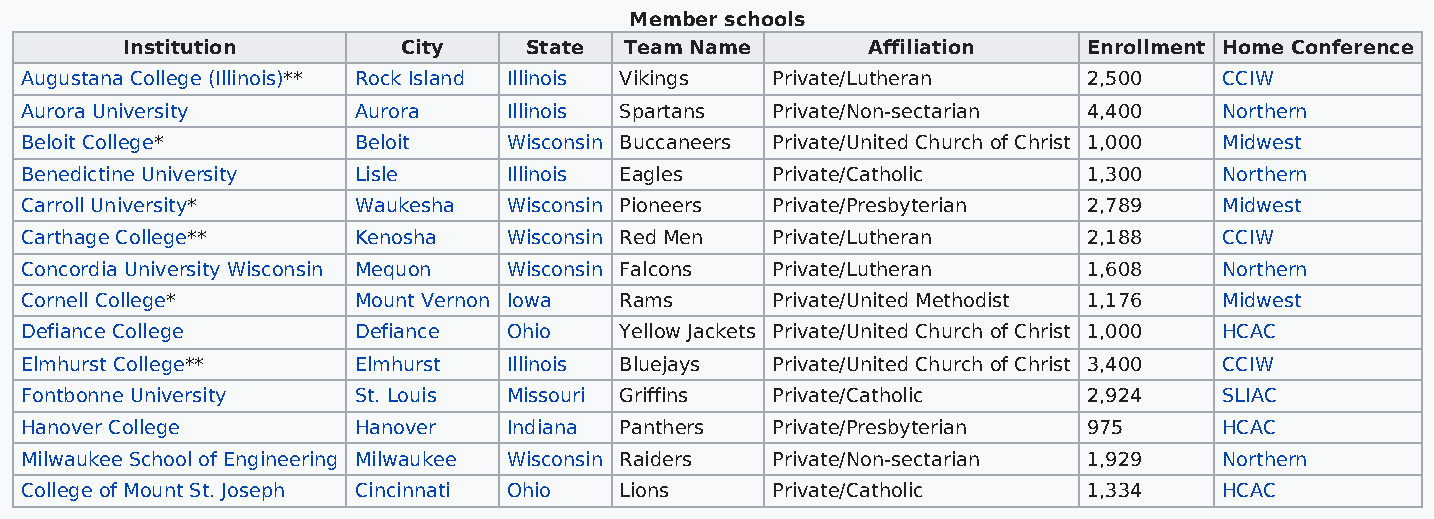
Member schools
 Institution        City    State Team Name       Affiliation    Enrollment Home Conference
 Augustana College (Illinois)** Rock Island Illinois Vikings Private/Lutheran 2,500 CCIW
 Aurora University     Aurora     Illinois Spartans Private/Non-sectarian 4,400  Northern
 Beloit College*       Beloit     Wisconsin Buccaneers Private/United Church of Christ 1,000 Midwest
 Benedictine University Lisle     Illinois Eagles  Private/Catholic     1,300    Northern
 Carroll University*   Waukesha   Wisconsin Pioneers Private/Presbyterian 2,789  Midwest
 Carthage College**    Kenosha    Wisconsin Red Men Private/Lutheran    2,188    CCIW
 Concordia University Wisconsin Mequon Wisconsin Falcons Private/Lutheran 1,608  Northern
 Cornell College*      Mount Vernon Iowa Rams      Private/United Methodist 1,176 Midwest
 Defiance College      Defiance   Ohio   Yellow Jackets Private/United Church of Christ 1,000 HCAC
 Elmhurst College**    Elmhurst   Illinois Bluejays Private/United Church of Christ 3,400 CCIW
 Fontbonne University  St. Louis  Missouri Griffins Private/Catholic    2,924    SLIAC
 Hanover College       Hanover    Indiana Panthers Private/Presbyterian 975      HCAC
 Milwaukee School of Engineering Milwaukee Wisconsin Raiders Private/Non-sectarian 1,929 Northern
 College of Mount St. Joseph Cincinnati Ohio Lions Private/Catholic     1,334    HCAC